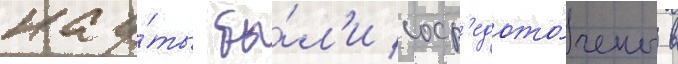
кау́ты бы́л'и соср'едото́чены в